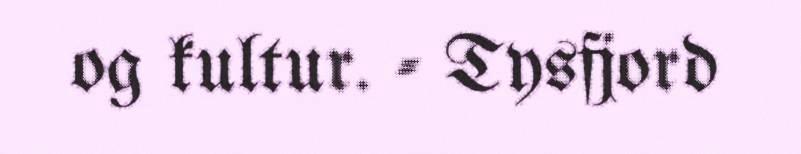
og kultur. - Tysfjord